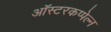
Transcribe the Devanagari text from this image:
ऑस्टरकप्पेल्न